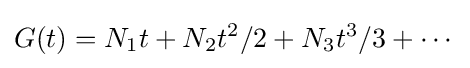
G(t)=N_{1}t+N_{2}t^{2}/2+N_{3}t^{3}/3+\cdots